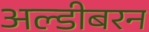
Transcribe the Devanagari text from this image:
अल्डीबरन